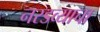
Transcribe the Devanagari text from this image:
नरडव्याचा